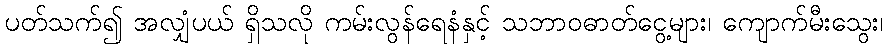
ပတ်သက်၍ အလျှံပယ် ရှိသလို ကမ်းလွန်ရေနံနှင့် သဘာဝဓာတ်ငွေ့များ၊ ကျောက်မီးသွေး၊